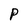
Character: P